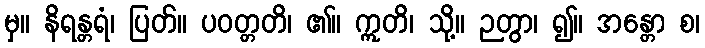
မှ။ နိရန္တရံ၊ ပြတ်။ ပဝတ္တတိ၊ ၏။ ဣတိ၊ သို့။ ဉတွာ၊ ၍။ အန္တော စ၊